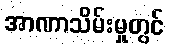
အာဏာသိမ်းမှုတွင်